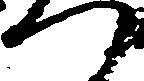
つ